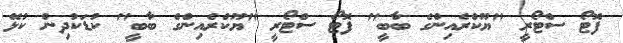
ފޮޓޯ ސްޓޯރީ "ޔޫކްރެއިންގެ ބާބީ" ފޮޓޯ ސްޓޯރީ "ޔޫކްރެއިންގެ ބާބީ" ކުޑަކުދިން ކުޅޭ